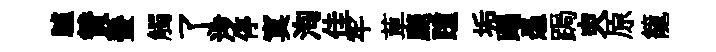
臚賛蜑觸了涉停寞洵佳牢草颷踵垢蹋愚跼㬰原籠